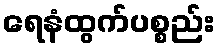
ရေနံထွက်ပစ္စည်း